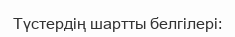
Түстердің шартты белгілері: